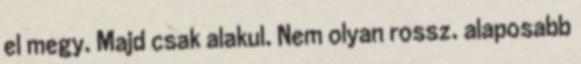
el megy. Majd csak alakul. Nem olyan rossz. alaposabb